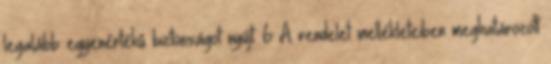
legalább egyenértékû biztonságot nyújt. 6 A rendelet mellékleteiben meghatározott